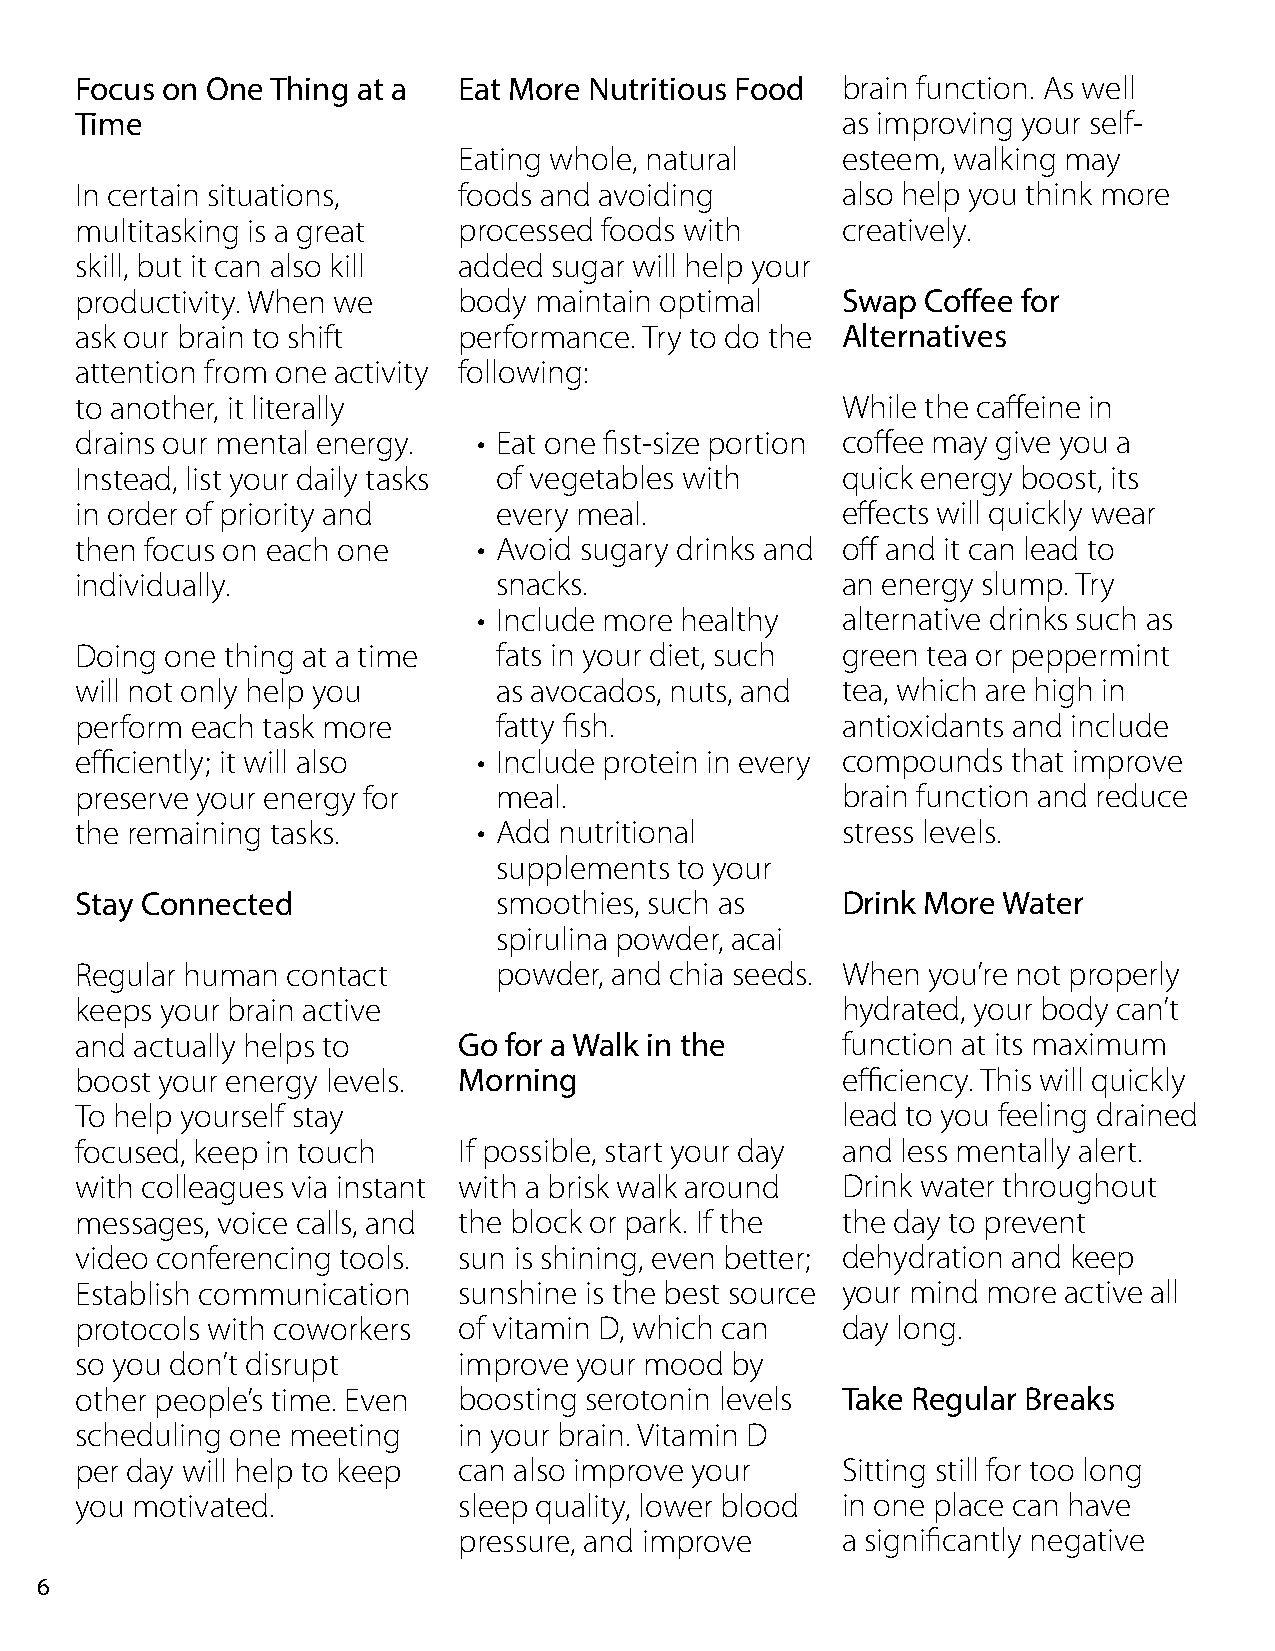
Focus on One Thing at a  Eat More Nutritious Food  brain function. As well
 Time                                               as improving your self-
 Eating whole, natural     esteem, walking may
 In certain situations,   foods and avoiding        also help you think more
 multitasking is a great  processed foods with      creatively.
 skill, but it can also kill added sugar will help your
 productivity. When we    body maintain optimal     Swap Coffee for
 ask our brain to shift   performance. Try to do the Alternatives
 attention from one activity following:
 to another, it literally                           While the caffeine in
 drains our mental energy.  • Eat one fist-size portion coffee may give you a
 Instead, list your daily tasks of vegetables with  quick energy boost, its
 in order of priority and    every meal.            effects will quickly wear
 then focus on each one     • Avoid sugary drinks and off and it can lead to
 individually.               snacks.                an energy slump. Try
 • Include more healthy  alternative drinks such as
 Doing one thing at a time   fats in your diet, such green tea or peppermint
 will not only help you      as avocados, nuts, and tea, which are high in
 perform each task more      fatty fish.            antioxidants and include
 efficiently; it will also  • Include protein in every compounds that improve
 preserve your energy for    meal.                  brain function and reduce
 the remaining tasks.       • Add nutritional       stress levels.
 supplements to your
 Stay Connected              smoothies, such as     Drink More Water
 spirulina powder, acai
 Regular human contact       powder, and chia seeds. When you’re not properly
 keeps your brain active                            hydrated, your body can’t
 and actually helps to    Go for a Walk in the      function at its maximum
 boost your energy levels. Morning                  efficiency. This will quickly
 To help yourself stay                              lead to you feeling drained
 focused, keep in touch   If possible, start your day and less mentally alert.
 with colleagues via instant with a brisk walk around Drink water throughout
 messages, voice calls, and the block or park. If the the day to prevent
 video conferencing tools. sun is shining, even better; dehydration and keep
 Establish communication  sunshine is the best source your mind more active all
 protocols with coworkers of vitamin D, which can   day long.
 so you don’t disrupt     improve your mood by
 other people’s time. Even boosting serotonin levels Take Regular Breaks
 scheduling one meeting   in your brain. Vitamin D
 per day will help to keep can also improve your    Sitting still for too long
 you motivated.           sleep quality, lower blood in one place can have
 pressure, and improve     a significantly negative
 6